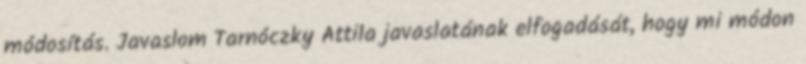
módosítás. Javaslom Tarnóczky Attila javaslatának elfogadását, hogy mi módon